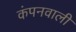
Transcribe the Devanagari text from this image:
कंपनवाली